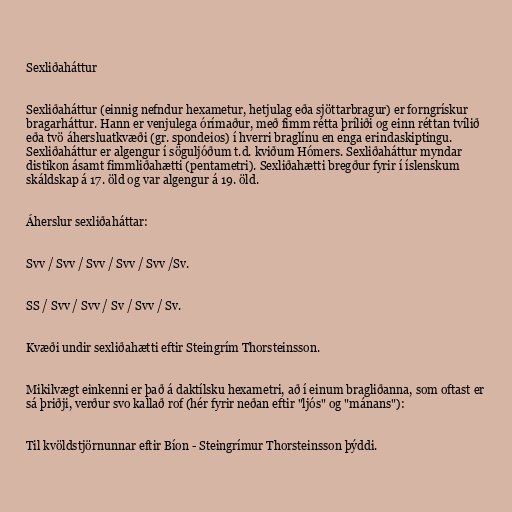
Sexliðaháttur

Sexliðaháttur (einnig nefndur hexametur, hetjulag eða sjöttarbragur) er forngrískur
bragarháttur. Hann er venjulega órímaður, með fimm rétta þríliði og einn réttan tvílið
eða tvö áhersluatkvæði (gr. spondeios) í hverri braglínu en enga erindaskiptingu.
Sexliðaháttur er algengur í söguljóðum t.d. kviðum Hómers. Sexliðaháttur myndar
distikon ásamt fimmliðahætti (pentametri). Sexliðahætti bregður fyrir í íslenskum
skáldskap á 17. öld og var algengur á 19. öld.

Áherslur sexliðaháttar:

Svv / Svv / Svv / Svv / Svv /Sv.

SS / Svv / Svv / Sv / Svv / Sv.

Kvæði undir sexliðahætti eftir Steingrím Thorsteinsson.

Mikilvægt einkenni er það á daktílsku hexametri, að í einum bragliðanna, som oftast er
sá þriðji, verður svo kallað rof (hér fyrir neðan eftir "ljós" og "mánans"):

Til kvöldstjörnunnar eftir Bíon - Steingrímur Thorsteinsson þýddi.